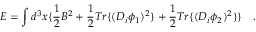
E = \int d ^ { 3 } x \{ \frac { 1 } { 2 } B ^ { 2 } + \frac { 1 } { 2 } T r \{ ( D _ { i } \phi _ { 1 } ) ^ { 2 } \} + \frac { 1 } { 2 } T r \{ ( D _ { i } \phi _ { 2 } ) ^ { 2 } \} \} \quad .